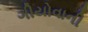
ગીયોવાની